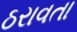
ઠરાવતા